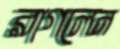
রাগলেন